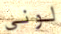
لوني